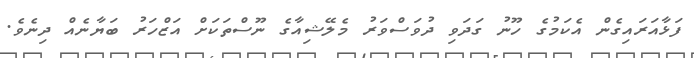
ފަޅާއަރައިގެން އެކަމުގެ ހޫނު ގަދަވި ދުވަސްވަރު މެލޭޝިއާގެ ނޫސްތަކަށް އަޒްހަރު ބަޔާނެއް ދިނެވެ.